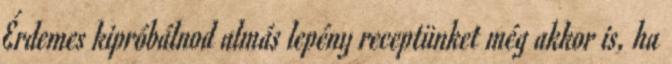
Érdemes kipróbálnod almás lepény receptünket még akkor is, ha